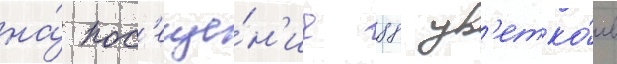
на́ пос'еще́н'ие 88 цв'етко́в